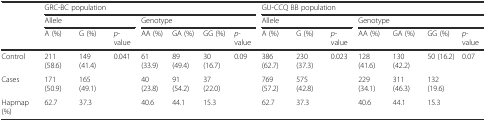
|  | <COLSPAN=7> GRC-BC population | <COLSPAN=7> GU-CCQ BB population |
 |  | <COLSPAN=3> Allele | <COLSPAN=4> Genotype | <COLSPAN=3> Allele | <COLSPAN=4> Genotype |
 |  | A (%) | G (%) | p-value | AA (%) | GA (%) | GG (%) | p-value | A (%) | G (%) | p-value | AA (%) | GA (%) | GG (%) | p-value |
 | --- | --- | --- | --- | --- | --- | --- | --- | --- | --- | --- | --- | --- | --- | --- |
 | Control | 211 (58.6) | 149 (41.4) | <ROWSPAN=2> 0.041 | 61 (33.9) | 89 (49.4) | 30 (16.7) | <ROWSPAN=2> 0.09 | 386 (62.7) | 230 (37.3) | <ROWSPAN=2> 0.023 | 128 (41.6) | 130 (42.2) | 50 (16.2) | <ROWSPAN=2> 0.07 |
 | Cases | 171 (50.9) | 165 (49.1) | 40 (23.8) | 91 (54.2) | 37 (22.0) | 769 (57.2) | 575 (42.8) | 229 (34.1) | 311 (46.3) | 132 (19.6) |
 | Hapmap (%) | 62.7 | 37.3 |  | 40.6 | 44.1 | 15.3 |  | 62.7 | 37.3 |  | 40.6 | 44.1 | 15.3 |  |